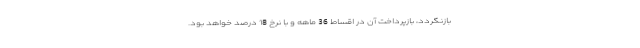
بازنگردد، بازپرداخت آن در اقساط 36 ماهه و با نرخ 18 درصد خواهد بود.